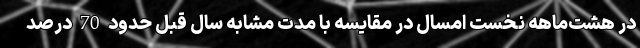
در هشت‌ماهه نخست امسال در مقایسه با مدت مشابه سال قبل حدود 70 درصد